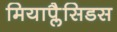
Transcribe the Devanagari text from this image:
मियाप्लैसिडस